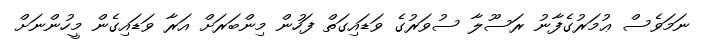
ނަމަވެސް ޢުމަރުގެފާނު ރަސޫލާ ސުވަރުގެ ވަޑައިގަތް ފަހުން މިންބަރަށް އަރާ ވަޑައިގެން މީހުންނަށް